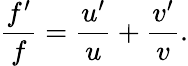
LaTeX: {\frac{f^{\prime}}{f}}={\frac{u^{\prime}}{u}}+{\frac{v^{\prime}}{v}}.